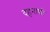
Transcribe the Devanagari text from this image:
दहनाशी